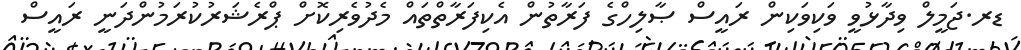
ޑރ.ޖަމީލް ވިދާޅުވީ ވަކިވަކިން ރައީސް ޞާލިހްގެ ފަރާތުން އެކިފަރާތްތައް މެދުވެރިކޮށް ޕްރެޝަރުކުރަމުންދަނީ ރައީސް